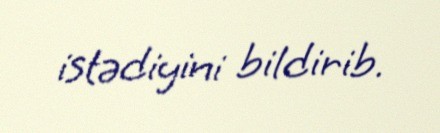
istədiyini bildirib.